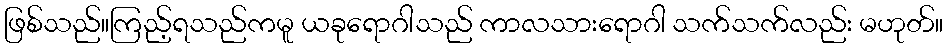
ဖြစ်သည်။ကြည့်ရသည်ကမူ ယခုရောဂါသည် ကာလသားရောဂါ သက်သက်လည်း မဟုတ်။